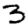
Digit: 3